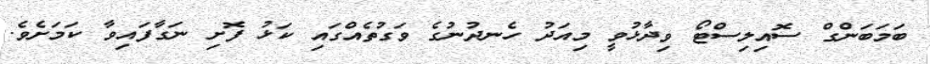
ބަމަބަންގް ސޮއިލިސްޓޯ ވިދާޅުވީ މިއަދު ހެނދުނުގެ ވަގުތެއްގައި ކަޅު ފޮށި ނަގާފައިވާ ކަމަށެވެ.